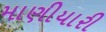
માણીયારી